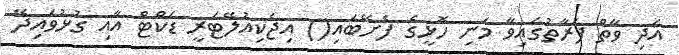
އަދި ވާތް ފަރާތުގައިވާ މަނި ހޮޅީގެ ފެށޭބައި() އިޖެކިއުލޭޓަރީ ޑަކްޓް އާއި ގުޅުވައިދޭ